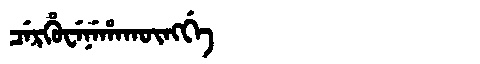
Manchu: ᠴᡝᡵᡥᡠᠸᡝᠨᡝᡥᠠᡴᡡᠩᡤᡝ
Romanization: CERHUWENEHAKŪNGGE